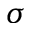
\sigma